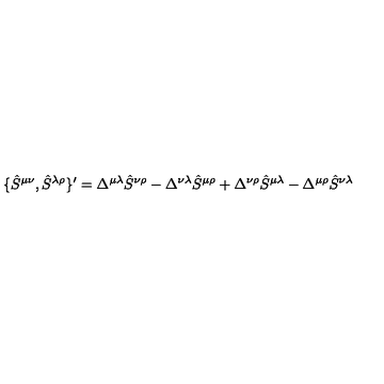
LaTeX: \{ \hat { S } ^ { \mu \nu } , \hat { S } ^ { \lambda \rho } \} ^ { \prime } = \Delta ^ { \mu \lambda } \hat { S } ^ { \nu \rho } - \Delta ^ { \nu \lambda } \hat { S } ^ { \mu \rho } + \Delta ^ { \nu \rho } \hat { S } ^ { \mu \lambda } - \Delta ^ { \mu \rho } \hat { S } ^ { \nu \lambda }